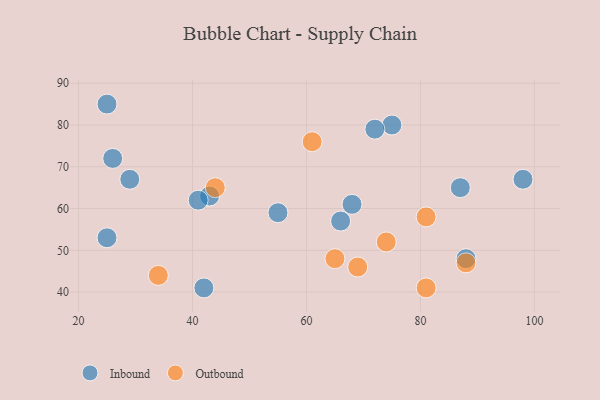
{"axis": {"x": "GDP", "y": "Life Expectancy"}, "legend": ["Inbound", "Outbound"], "data": [{"x": "66", "y": 57, "type": "Inbound"}, {"x": "68", "y": 61, "type": "Inbound"}, {"x": "87", "y": 65, "type": "Inbound"}, {"x": "42", "y": 41, "type": "Inbound"}, {"x": "26", "y": 72, "type": "Inbound"}, {"x": "75", "y": 80, "type": "Inbound"}, {"x": "43", "y": 63, "type": "Inbound"}, {"x": "72", "y": 79, "type": "Inbound"}, {"x": "25", "y": 85, "type": "Inbound"}, {"x": "25", "y": 53, "type": "Inbound"}, {"x": "88", "y": 48, "type": "Inbound"}, {"x": "41", "y": 62, "type": "Inbound"}, {"x": "55", "y": 59, "type": "Inbound"}, {"x": "29", "y": 67, "type": "Inbound"}, {"x": "98", "y": 67, "type": "Inbound"}, {"x": "81", "y": 41, "type": "Outbound"}, {"x": "81", "y": 58, "type": "Outbound"}, {"x": "74", "y": 52, "type": "Outbound"}, {"x": "44", "y": 65, "type": "Outbound"}, {"x": "65", "y": 48, "type": "Outbound"}, {"x": "61", "y": 76, "type": "Outbound"}, {"x": "88", "y": 47, "type": "Outbound"}, {"x": "69", "y": 46, "type": "Outbound"}, {"x": "34", "y": 44, "type": "Outbound"}]}